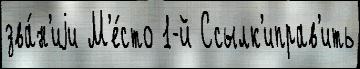
зва́н'иjи М'е́сто 1-й Ссылк'иправ'ить